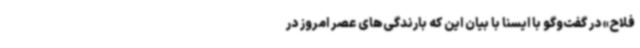
فلاح» در گفت‌وگو با ایسنا با بیان این که بارندگی‌های عصر امروز در